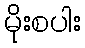
မိုးစပါး